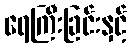
ရေကြီးခြင်းနှင့်